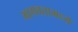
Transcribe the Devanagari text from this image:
भागवतामध्ये